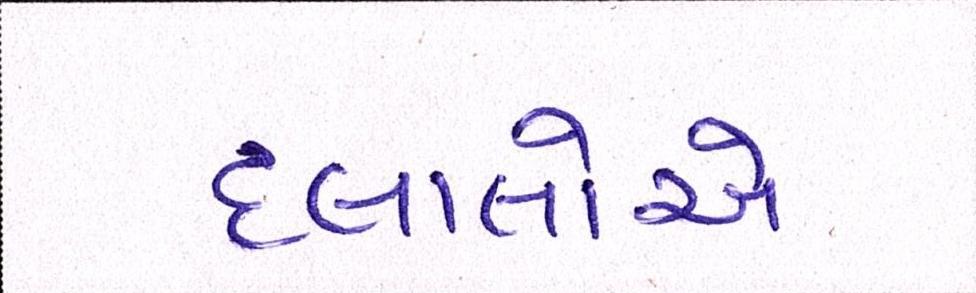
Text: દલાલોએ